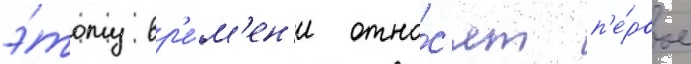
э́тому вр'е́м'ен'и отно́с'ят п'е́рвое